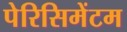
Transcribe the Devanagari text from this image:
पेरिसिमेंटम